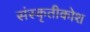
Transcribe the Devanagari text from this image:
संस्कृतीकोश